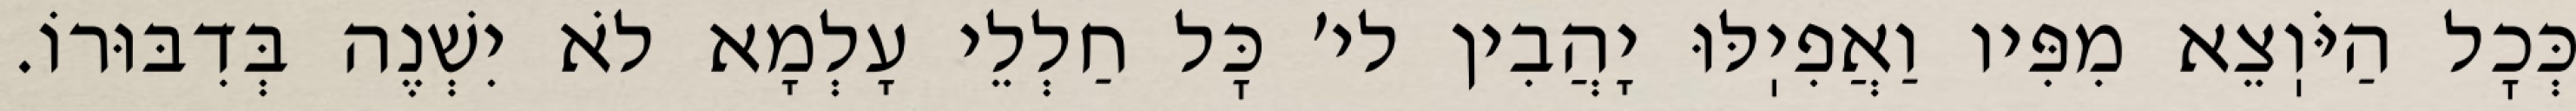
כְּכׇל הַיֹּוֽצֵא מִפִּיו וַאֲפִיֽלּוּ יָהֲבִין לי׳ כׇּל חַלְלֵי עָלְמָא לֹא יִשְׁנֶה בְּדִבּוּרוֹ.